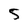
Character: 5